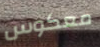
معكوس